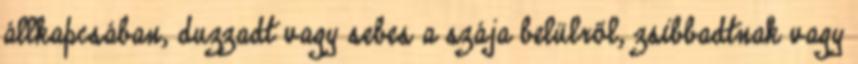
állkapcsában, duzzadt vagy sebes a szája belülről, zsibbadtnak vagy